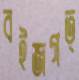
বইজগত্